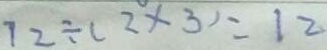
7 2 \div ( 2 \times 3 ) = 1 2